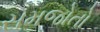
સમજોતો